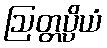
ဩတ္တပ္ပိယံ